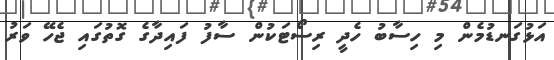
އަޅުގަނޑުމެން މި ހިސާބު ހެދީ ރިސޯޓަކުން ސާފު ފައިދާގެ ގޮތުގައި ޖެހޭ ވަރު